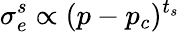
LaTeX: \sigma_{e}^{s}\propto(p-p_{c})^{t_{s}}